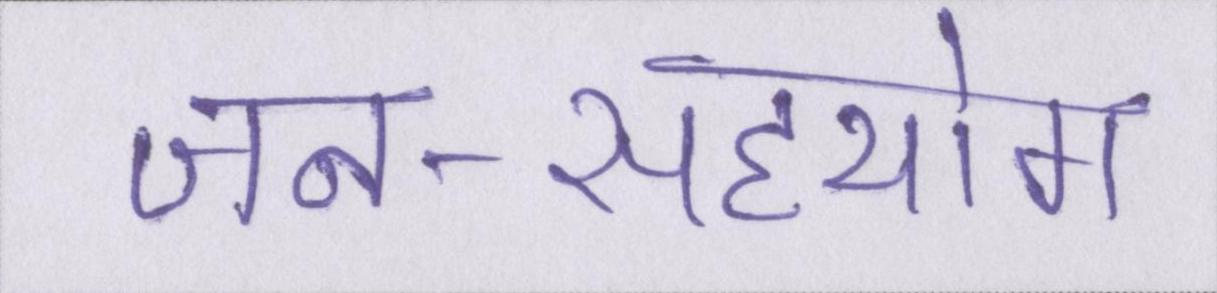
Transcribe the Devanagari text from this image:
जन-सहयोग